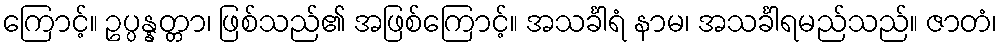
ကြောင့်။ ဥပ္ပန္နတ္တာ၊ ဖြစ်သည်၏ အဖြစ်ကြောင့်။ အသင်္ခါရံ နာမ၊ အသင်္ခါရမည်သည်။ ဇာတံ၊